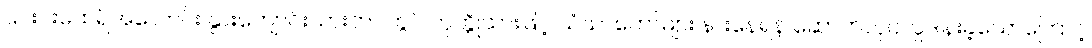
၎င်းင်းထေရ်အလောင်း နွားကျောင်းသားဘဝတွင် ကုက္ကိုသားဖြင့် သံဃာတော်များ နားနေရန် ဆောက်လုပ်လှူဒါန်းခဲ့သောကြောင့်